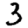
Digit: 3